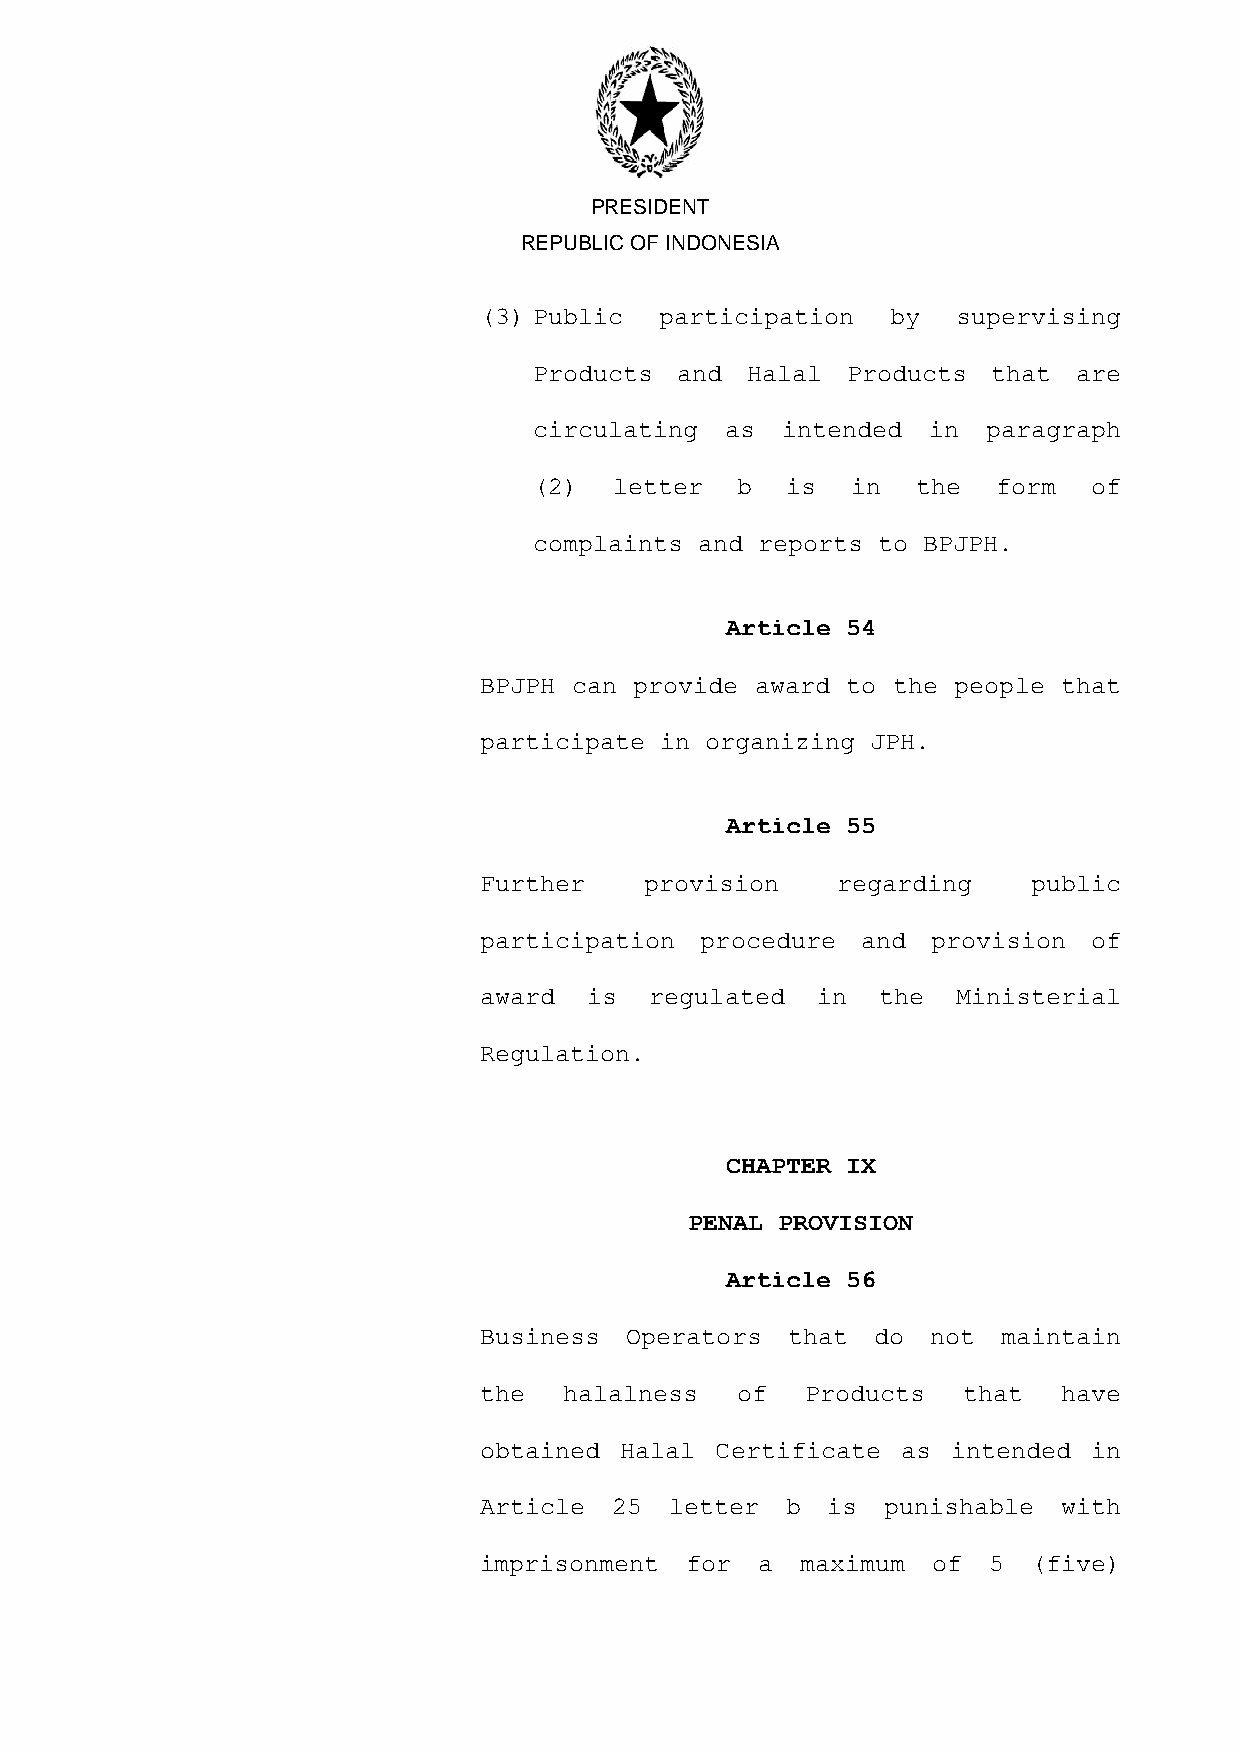
PRESIDENT
 REPUBLIC OF INDONESIA
 (3) Public  participation  by  supervising
 Products  and Halal  Products  that are
 circulating  as  intended in  paragraph
 (2)   letter  b  is  in   the  form  of
 complaints and reports to BPJPH.
 Article 54
 BPJPH can provide award to the people that
 participate in organizing JPH.
 Article 55
 Further    provision   regarding    public
 participation procedure  and  provision of
 award  is  regulated  in  the  Ministerial
 Regulation.
 CHAPTER IX
 PENAL PROVISION
 Article 56
 Business Operators  that  do  not maintain
 the  halalness   of  Products   that  have
 obtained Halal Certificate  as intended in
 Article  25 letter  b  is  punishable with
 imprisonment for  a  maximum  of 5  (five)